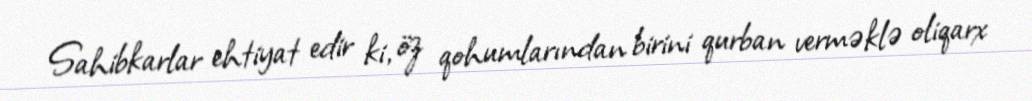
Sahibkarlar ehtiyat edir ki, öz qohumlarından birini qurban verməklə oliqarx